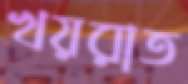
খয়রাত